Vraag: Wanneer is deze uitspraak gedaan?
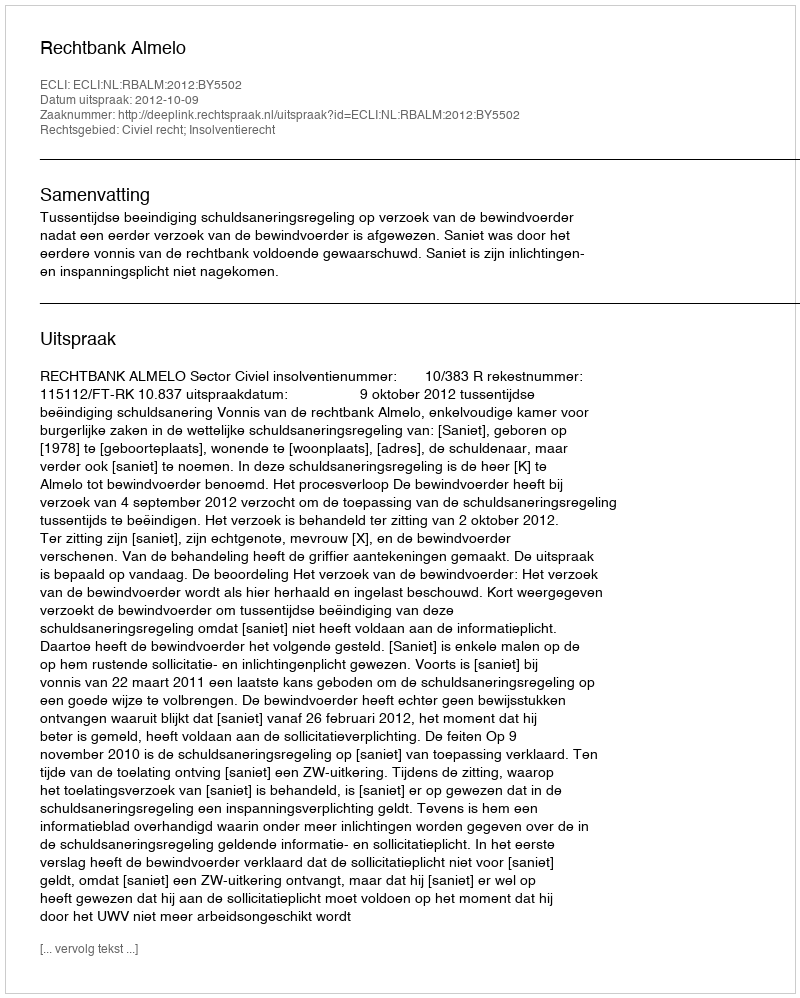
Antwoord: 2012-10-09